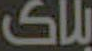
بلاک